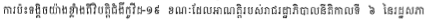
ការប៉ះទង្គិចយ៉ាងខ្លាំងពីវិបត្តិជំងឺកូវីដ-១៩ ខណៈដែលអាណត្តិរបស់រាជរដ្ឋាភិបាលនីតិកាលទី ៦ នៃរដ្ឋសភា